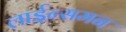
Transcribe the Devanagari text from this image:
लाईन्समन